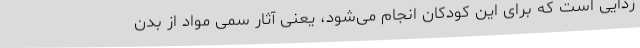
زدایی است که برای این کودکان انجام می‌شود، یعنی آثار سمی مواد از بدن